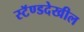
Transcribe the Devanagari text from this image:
स्टॅण्डदेखील